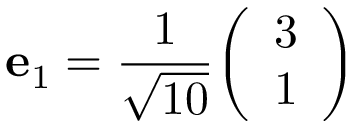
\mathbf { e } _ { 1 } = { \frac { 1 } { \sqrt { 1 0 } } } { \left( \begin{array} { l } { 3 } \\ { 1 } \end{array} \right) }